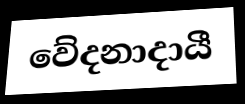
වේදනාදායී